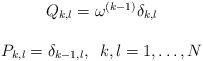
LaTeX: \begin{align*}\begin{array}{c}Q_{k,l}=\omega^{(k-1)}\delta_{k,l}\\\\P_{k,l}=\delta_{k-1,l},\,\,\,k,l=1,\ldots,N\end{array}\end{align*}